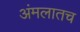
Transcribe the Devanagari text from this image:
अंमलातच